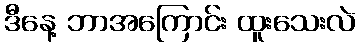
ဒီနေ့ ဘာအကြောင်း ထူးသေးလဲ